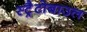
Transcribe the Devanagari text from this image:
स्ट्रैटोबाउल